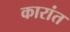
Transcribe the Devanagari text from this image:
कारांत